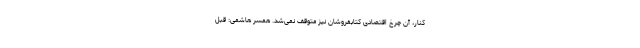
کنار، آن چرخ اقتصادی کتابفروشان نیز متوقف نمی‌شد. همسر هاشمی: قبل